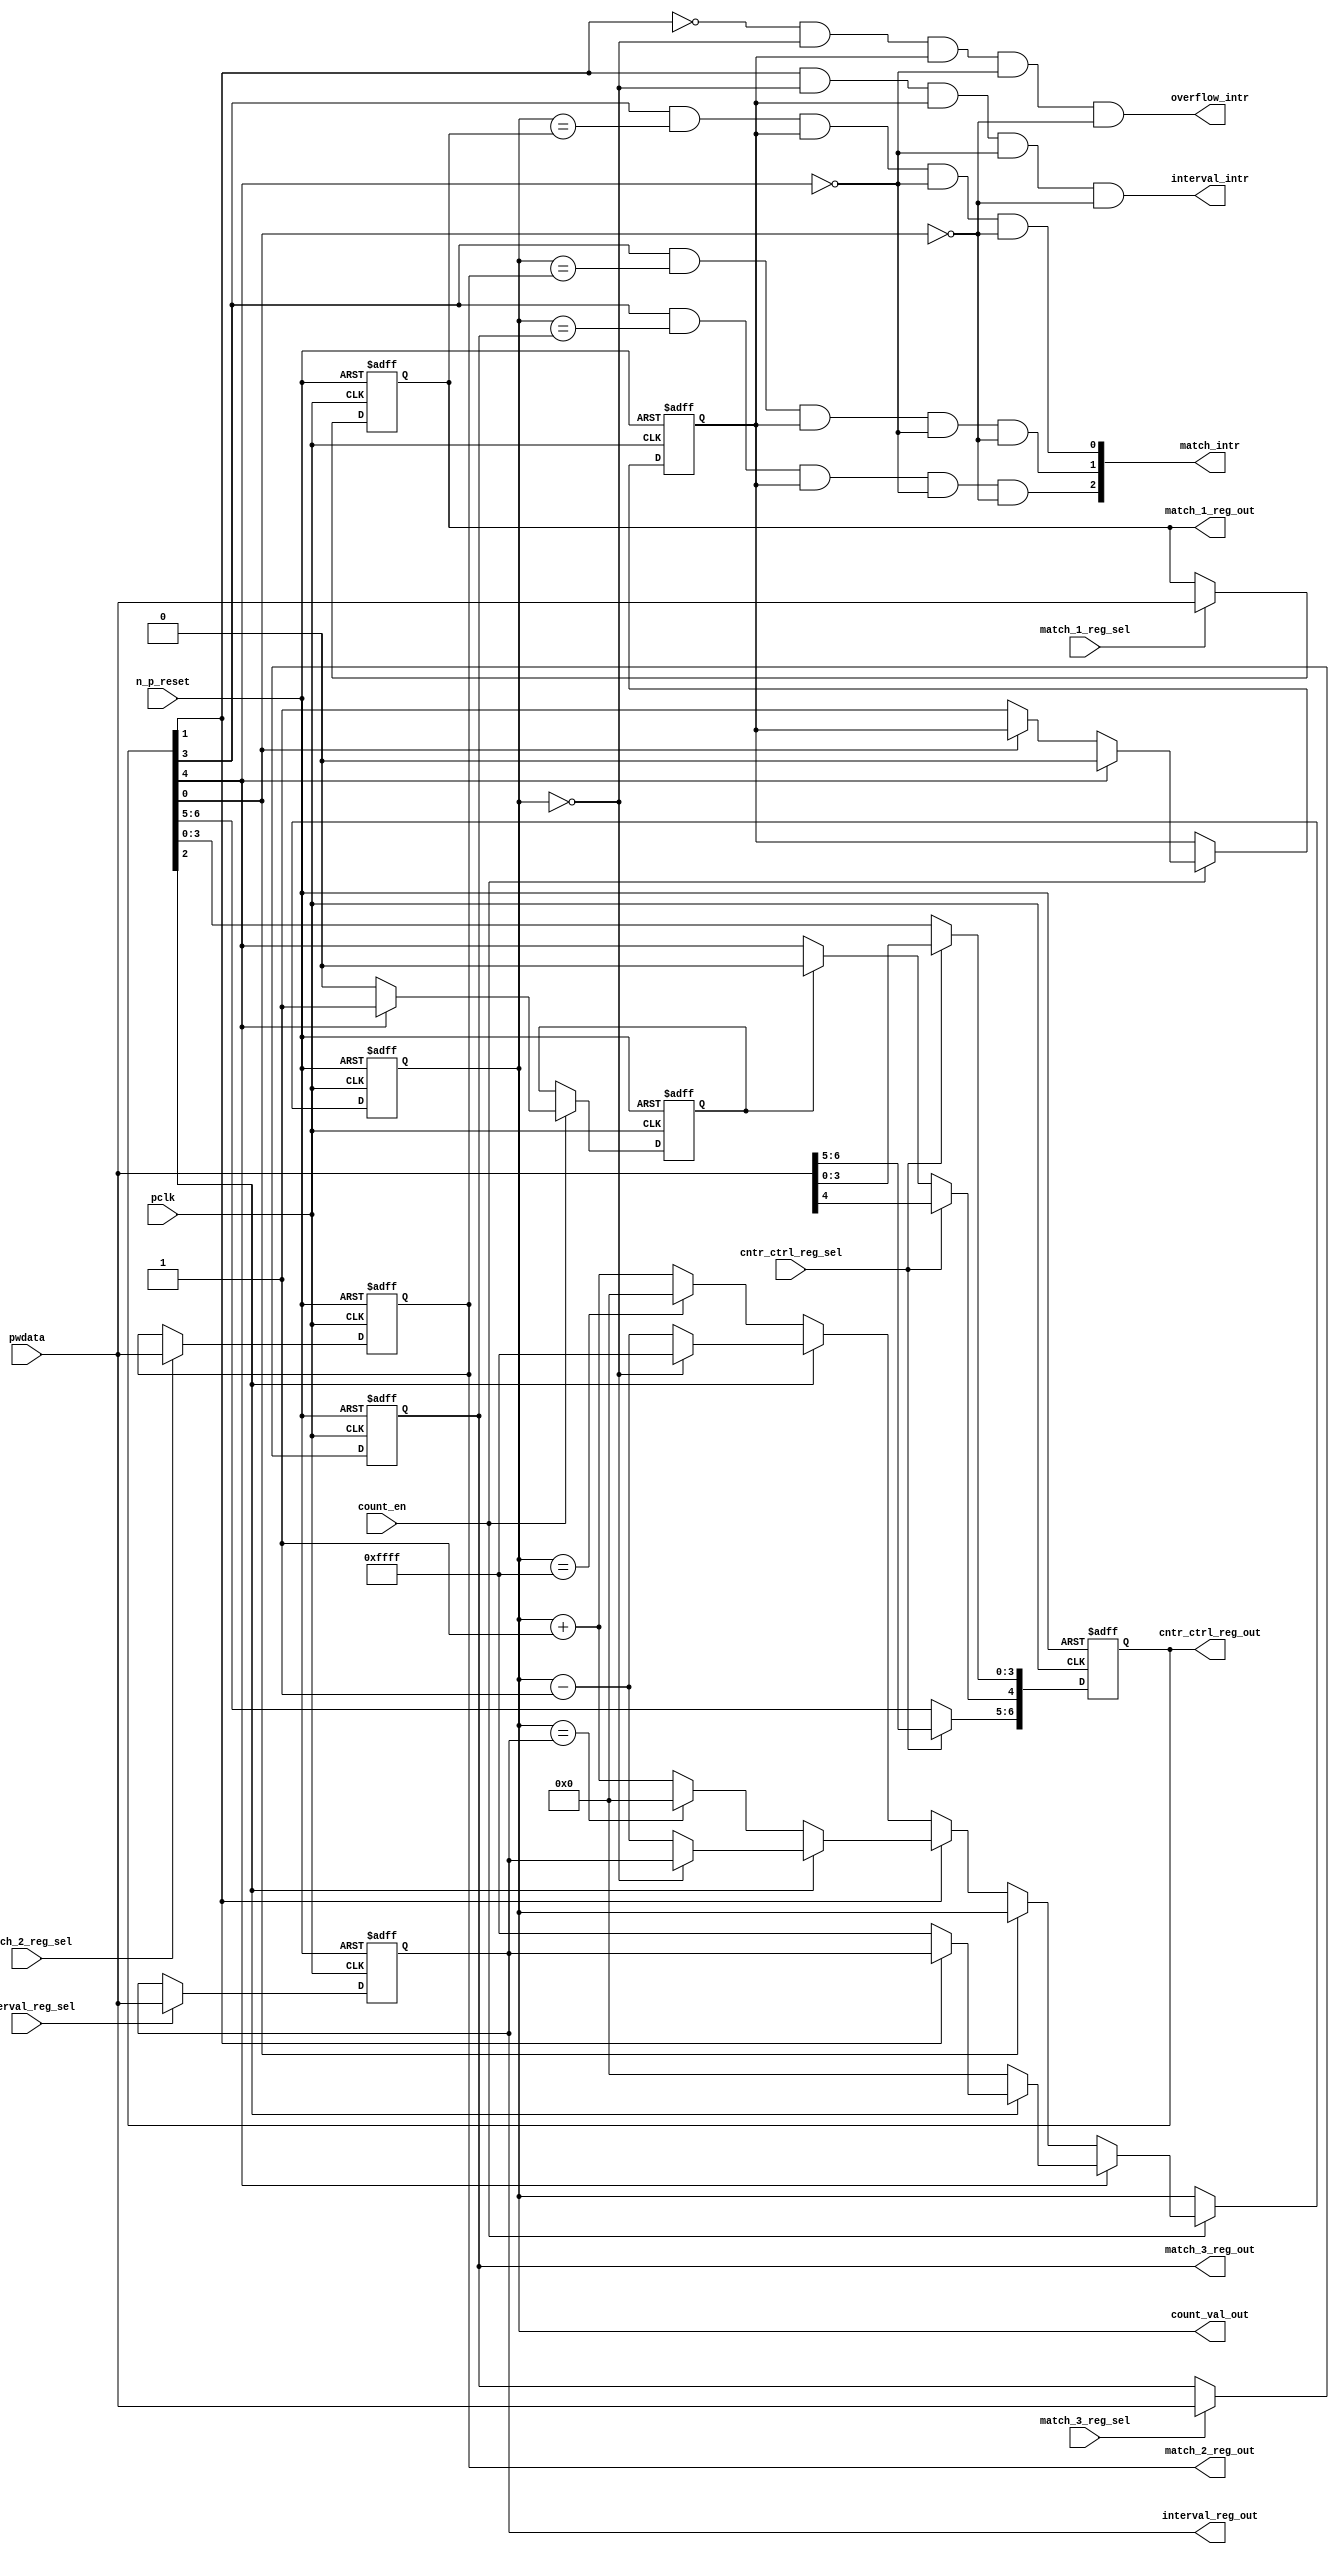
//Title       : 
//Description :The counter can increment and decrement.
//   In increment mode instead of counting to its full 16 bit
//   value the counter counts up to or down from a programmed interval value.
//   Interrupts are issued when the counter overflows or reaches it's interval
//   value. In match mode if the count value equals that stored in one of three
//   match registers an interrupt is issued.
//Notes       : 
//----------------------------------------------------------------------
//   Copyright 1999-2010 Cadence Design Systems, Inc.
//   All Rights Reserved Worldwide
//
//   Licensed under the Apache License, Version 2.0 (the
//   "License"); you may not use this file except in
//   compliance with the License.  You may obtain a copy of
//   the License at
//
//       http://www.apache.org/licenses/LICENSE-2.0
//
//   Unless required by applicable law or agreed to in
//   writing, software distributed under the License is
//   distributed on an "AS IS" BASIS, WITHOUT WARRANTIES OR
//   CONDITIONS OF ANY KIND, either express or implied.  See
//   the License for the specific language governing
//   permissions and limitations under the License.
//----------------------------------------------------------------------
//


module ttc_counter_lite(

  //inputs
  n_p_reset,    
  pclk,          
  pwdata,              
  count_en,
  cntr_ctrl_reg_sel, 
  interval_reg_sel,
  match_1_reg_sel,
  match_2_reg_sel,
  match_3_reg_sel,         

  //outputs    
  count_val_out,
  cntr_ctrl_reg_out,
  interval_reg_out,
  match_1_reg_out,
  match_2_reg_out,
  match_3_reg_out,
  interval_intr,
  match_intr,
  overflow_intr

);


//--------------------------------------------------------------------
// PORT DECLARATIONS
//--------------------------------------------------------------------

   //inputs
   input          n_p_reset;         //reset signal
   input          pclk;              //System Clock
   input [15:0]   pwdata;            //6 Bit data signal
   input          count_en;          //Count enable signal
   input          cntr_ctrl_reg_sel; //Select bit for ctrl_reg
   input          interval_reg_sel;  //Interval Select Register
   input          match_1_reg_sel;   //Match 1 Select register
   input          match_2_reg_sel;   //Match 2 Select register
   input          match_3_reg_sel;   //Match 3 Select register

   //outputs
   output [15:0]  count_val_out;        //Value for counter reg
   output [6:0]   cntr_ctrl_reg_out;    //Counter control reg select
   output [15:0]  interval_reg_out;     //Interval reg
   output [15:0]  match_1_reg_out;      //Match 1 register
   output [15:0]  match_2_reg_out;      //Match 2 register
   output [15:0]  match_3_reg_out;      //Match 3 register
   output         interval_intr;        //Interval interrupt
   output [3:1]   match_intr;           //Match interrupt
   output         overflow_intr;        //Overflow interrupt

//--------------------------------------------------------------------
// Internal Signals & Registers
//--------------------------------------------------------------------

   reg [6:0]      cntr_ctrl_reg;     // 5-bit Counter Control Register
   reg [15:0]     interval_reg;      //16-bit Interval Register 
   reg [15:0]     match_1_reg;       //16-bit Match_1 Register
   reg [15:0]     match_2_reg;       //16-bit Match_2 Register
   reg [15:0]     match_3_reg;       //16-bit Match_3 Register
   reg [15:0]     count_val;         //16-bit counter value register
                                                                      
   
   reg            counting;          //counter has starting counting
   reg            restart_temp;   //ensures soft reset lasts 1 cycle    
   
   wire [6:0]     cntr_ctrl_reg_out; //7-bit Counter Control Register
   wire [15:0]    interval_reg_out;  //16-bit Interval Register 
   wire [15:0]    match_1_reg_out;   //16-bit Match_1 Register
   wire [15:0]    match_2_reg_out;   //16-bit Match_2 Register
   wire [15:0]    match_3_reg_out;   //16-bit Match_3 Register
   wire [15:0]    count_val_out;     //16-bit counter value register

//-------------------------------------------------------------------
// Assign output wires
//-------------------------------------------------------------------

   assign cntr_ctrl_reg_out = cntr_ctrl_reg;    // 7-bit Counter Control
   assign interval_reg_out  = interval_reg;     // 16-bit Interval
   assign match_1_reg_out   = match_1_reg;      // 16-bit Match_1
   assign match_2_reg_out   = match_2_reg;      // 16-bit Match_2 
   assign match_3_reg_out   = match_3_reg;      // 16-bit Match_3 
   assign count_val_out     = count_val;        // 16-bit counter value
   
//--------------------------------------------------------------------
// Assigning interrupts
//--------------------------------------------------------------------

   assign interval_intr =  cntr_ctrl_reg[1] & (count_val == 16'h0000)
      & (counting) & ~cntr_ctrl_reg[4] & ~cntr_ctrl_reg[0];
   assign overflow_intr = ~cntr_ctrl_reg[1] & (count_val == 16'h0000)
      & (counting) & ~cntr_ctrl_reg[4] & ~cntr_ctrl_reg[0];
   assign match_intr[1]  =  cntr_ctrl_reg[3] & (count_val == match_1_reg)
      & (counting) & ~cntr_ctrl_reg[4] & ~cntr_ctrl_reg[0];
   assign match_intr[2]  =  cntr_ctrl_reg[3] & (count_val == match_2_reg)
      & (counting) & ~cntr_ctrl_reg[4] & ~cntr_ctrl_reg[0];
   assign match_intr[3]  =  cntr_ctrl_reg[3] & (count_val == match_3_reg)
      & (counting) & ~cntr_ctrl_reg[4] & ~cntr_ctrl_reg[0];


//    p_reg_ctrl: Process to write to the counter control registers
//    cntr_ctrl_reg decode:  0 - Counter Enable Active Low
//                           1 - Interval Mode =1, Overflow =0
//                           2 - Decrement Mode
//                           3 - Match Mode
//                           4 - Restart
//                           5 - Waveform enable active low
//                           6 - Waveform polarity
   
   always @ (posedge pclk or negedge n_p_reset)
   begin: p_reg_ctrl  // Register writes
      
      if (!n_p_reset)                                   
      begin                                     
         cntr_ctrl_reg <= 7'b0000001;
         interval_reg  <= 16'h0000;
         match_1_reg   <= 16'h0000;
         match_2_reg   <= 16'h0000;
         match_3_reg   <= 16'h0000;  
      end    
      else 
      begin
         if (cntr_ctrl_reg_sel)
            cntr_ctrl_reg <= pwdata[6:0];
         else if (restart_temp)
            cntr_ctrl_reg[4]  <= 1'b0;    
         else 
            cntr_ctrl_reg <= cntr_ctrl_reg;             

         interval_reg  <= (interval_reg_sel) ? pwdata : interval_reg;
         match_1_reg   <= (match_1_reg_sel)  ? pwdata : match_1_reg;
         match_2_reg   <= (match_2_reg_sel)  ? pwdata : match_2_reg;
         match_3_reg   <= (match_3_reg_sel)  ? pwdata : match_3_reg;   
      end
      
   end  //p_reg_ctrl

   
//    p_cntr: Process to increment or decrement the counter on receiving a 
//            count_en signal from the pre_scaler. Count can be restarted
//            or disabled and can overflow at a specified interval value.
   
   
   always @ (posedge pclk or negedge n_p_reset)
   begin: p_cntr   // Counter block

      if (!n_p_reset)     //System Reset
      begin                     
         count_val <= 16'h0000;
         counting  <= 1'b0;
         restart_temp <= 1'b0;
      end
      else if (count_en)
      begin
         
         if (cntr_ctrl_reg[4])     //Restart
         begin     
            if (~cntr_ctrl_reg[2])  
               count_val         <= 16'h0000;
            else
            begin
              if (cntr_ctrl_reg[1])
                 count_val         <= interval_reg;     
              else
                 count_val         <= 16'hFFFF;     
            end
            counting       <= 1'b0;
            restart_temp   <= 1'b1;

         end
         else 
         begin
            if (!cntr_ctrl_reg[0])          //Low Active Counter Enable
            begin

               if (cntr_ctrl_reg[1])  //Interval               
                  if (cntr_ctrl_reg[2])  //Decrement        
                  begin
                     if (count_val == 16'h0000)
                        count_val <= interval_reg;  //Assumed Static
                     else
                        count_val <= count_val - 16'h0001;
                  end
                  else                   //Increment
                  begin
                     if (count_val == interval_reg)
                        count_val <= 16'h0000;
                     else           
                        count_val <= count_val + 16'h0001;
                  end
               else    
               begin  //Overflow
                  if (cntr_ctrl_reg[2])   //Decrement
                  begin
                     if (count_val == 16'h0000)
                        count_val <= 16'hFFFF;
                     else           
                        count_val <= count_val - 16'h0001;
                  end
                  else                    //Increment
                  begin
                     if (count_val == 16'hFFFF)
                        count_val <= 16'h0000;
                     else           
                        count_val <= count_val + 16'h0001;
                  end 
               end
               counting  <= 1'b1;
            end     
            else
               count_val <= count_val;   //Disabled
   
            restart_temp <= 1'b0;
      
         end
     
      end // if (count_en)

      else
      begin
         count_val    <= count_val;
         counting     <= counting;
         restart_temp <= restart_temp;               
      end
     
   end  //p_cntr

endmodule